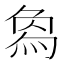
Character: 𤊱